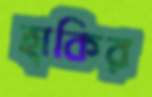
হাকির